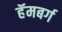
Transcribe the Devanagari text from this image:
हॅमबर्ग